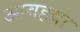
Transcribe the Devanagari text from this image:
आवहवा